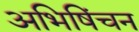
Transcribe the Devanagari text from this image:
अभिषिंचन